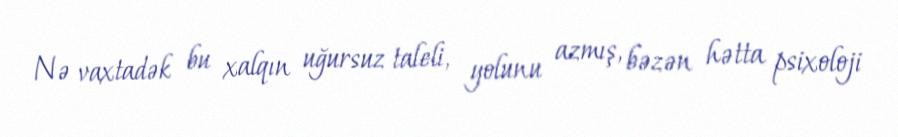
Nə vaxtadək bu xalqın uğursuz taleli, yolunu azmış, bəzən hətta psixoloji